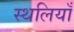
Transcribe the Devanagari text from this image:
स्थलियाँ